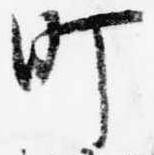
町